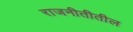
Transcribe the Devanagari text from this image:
राजनीतीतील